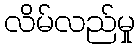
လိမ်လည်မှု